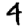
Digit: 4